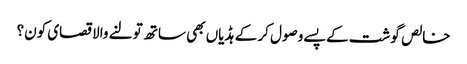
خالص گوشت کے پسے وصول کر کے ہڈیاں بھی ساتھ تولنے والا قصای کون؟